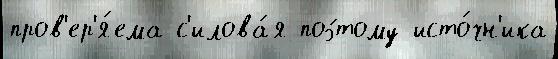
пров'ер'я́ема с'илова́я поэ́тому исто́чн'ика